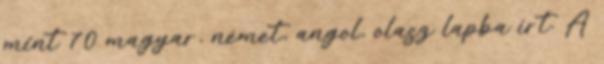
mint 70 magyar, német, angol, olasz lapba írt. A